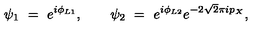
\psi _ { 1 } \ = \ e ^ { i \phi _ { L 1 } } , \qquad \psi _ { 2 } \ = \ e ^ { i \phi _ { L 2 } } e ^ { - 2 \sqrt { 2 } \pi i p _ { X } } ,